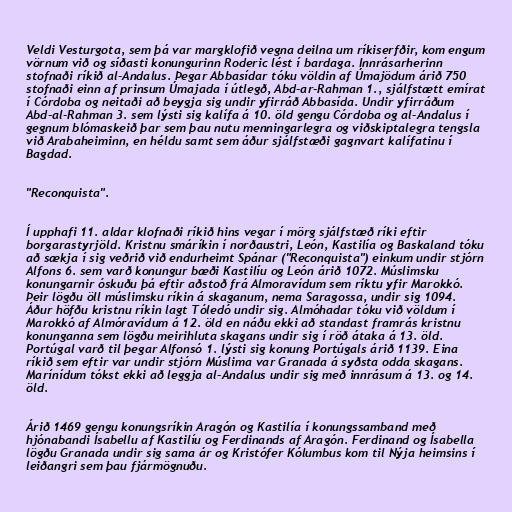
Veldi Vesturgota, sem þá var margklofið vegna deilna um ríkiserfðir, kom engum
vörnum við og síðasti konungurinn Roderic lést í bardaga. Innrásarherinn
stofnaði ríkið al-Andalus. Þegar Abbasídar tóku völdin af Úmajödum árið 750
stofnaði einn af prinsum Úmajada í útlegð, Abd-ar-Rahman 1., sjálfstætt emírat
í Córdoba og neitaði að beygja sig undir yfirráð Abbasída. Undir yfirráðum
Abd-al-Rahman 3. sem lýsti sig kalífa á 10. öld gengu Córdoba og al-Andalus í
gegnum blómaskeið þar sem þau nutu menningarlegra og viðskiptalegra tengsla
við Arabaheiminn, en héldu samt sem áður sjálfstæði gagnvart kalífatinu í
Bagdad.

"Reconquista".

Í upphafi 11. aldar klofnaði ríkið hins vegar í mörg sjálfstæð ríki eftir
borgarastyrjöld. Kristnu smáríkin í norðaustri, León, Kastilía og Baskaland tóku
að sækja í sig veðrið við endurheimt Spánar ("Reconquista") einkum undir stjórn
Alfons 6. sem varð konungur bæði Kastilíu og León árið 1072. Múslimsku
konungarnir óskuðu þá eftir aðstoð frá Almoravídum sem ríktu yfir Marokkó.
Þeir lögðu öll múslimsku ríkin á skaganum, nema Saragossa, undir sig 1094.
Áður höfðu kristnu ríkin lagt Tóledó undir sig. Almóhadar tóku við völdum í
Marokkó af Almóravídum á 12. öld en náðu ekki að standast framrás kristnu
konunganna sem lögðu meirihluta skagans undir sig í röð átaka á 13. öld.
Portúgal varð til þegar Alfonsó 1. lýsti sig konung Portúgals árið 1139. Eina
ríkið sem eftir var undir stjórn Múslima var Granada á syðsta odda skagans.
Marínídum tókst ekki að leggja al-Andalus undir sig með innrásum á 13. og 14.
öld.

Árið 1469 gengu konungsríkin Aragón og Kastilía í konungssamband með
hjónabandi Ísabellu af Kastilíu og Ferdinands af Aragón. Ferdinand og Ísabella
lögðu Granada undir sig sama ár og Kristófer Kólumbus kom til Nýja heimsins í
leiðangri sem þau fjármögnuðu.